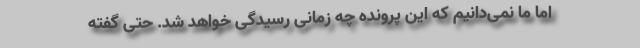
اما ما نمی‌دانیم که این پرونده چه زمانی رسیدگی خواهد شد. حتی گفته